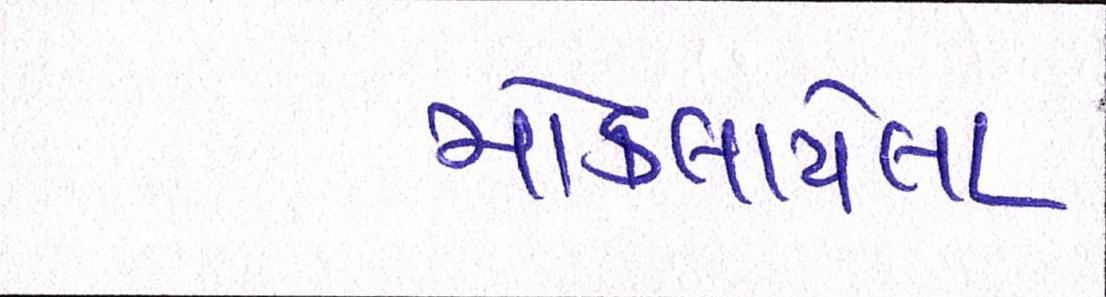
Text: મોકલાયેલા